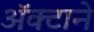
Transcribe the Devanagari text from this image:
अॅक्टाने